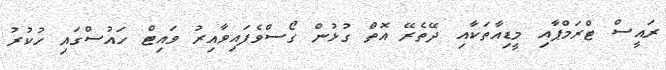
ރައީސް ޓްރަމްޕާއި މީޑިއާތަކާއި ދޭތެރޭ އޮތް ގުޅުން ގޯސްވެފައިވާއިރު ވައިޓް ހައުސްގައި ހުކުރު